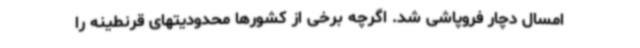
امسال دچار فروپاشی شد. اگرچه برخی از کشورها محدودیتهای قرنطینه را